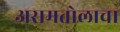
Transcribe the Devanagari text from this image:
असमतोलाचा